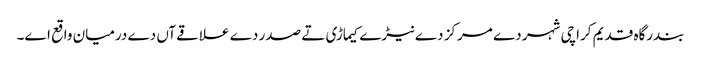
بندرگاہ قدیم کراچی شہر دے مرکز دے نیڑے کیماڑی تے صدر دے علاقےآں دے درمیان واقع ا‏‏ے۔